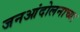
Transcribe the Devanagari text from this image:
जनआंदोलनाच्या